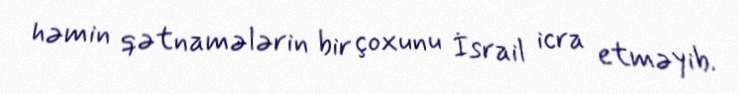
həmin qətnamələrin bir çoxunu İsrail icra etməyib.